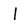
Character: 1